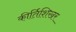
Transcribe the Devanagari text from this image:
कीर्तिशिखर